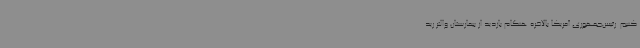
کنیم. رئیس‌جمهوری آمریکا بالاخره هنگام بازدید از بیمارستان والتر رید